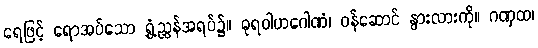
ရေဖြင့် ရောအပ်သော ရွှံ့ညွှန်အရပ်၌။ ဓုရဝါဟဂေါဏံ၊ ဝန်ဆောင် နွားလားကို။ ဂဏှထ၊